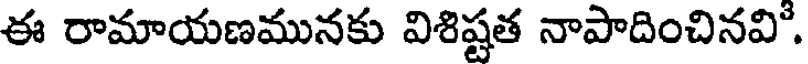
ఈ రామాయణమునకు విశిష్టత నాపాదించినవి.